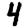
Digit: 4